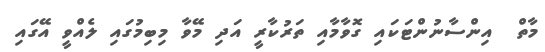
މާތް  އިންސާނުންޓަކައި ގޮވާމާއި ތަރުކާރީ އަދި މޭވާ މިބިމުގައި ލެއްވީ އޭގައި